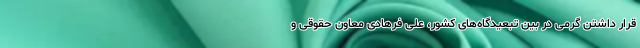
قرار داشتن گرمی در بین تبعیدگاه‌های کشور، علی فرهادی معاون حقوقی و